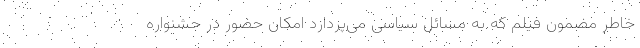
خاطر مضمون فیلم که به مسائل سیاسی می‌پردازد امکان حضور در جشنواره